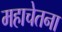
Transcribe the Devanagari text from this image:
महाचेतना